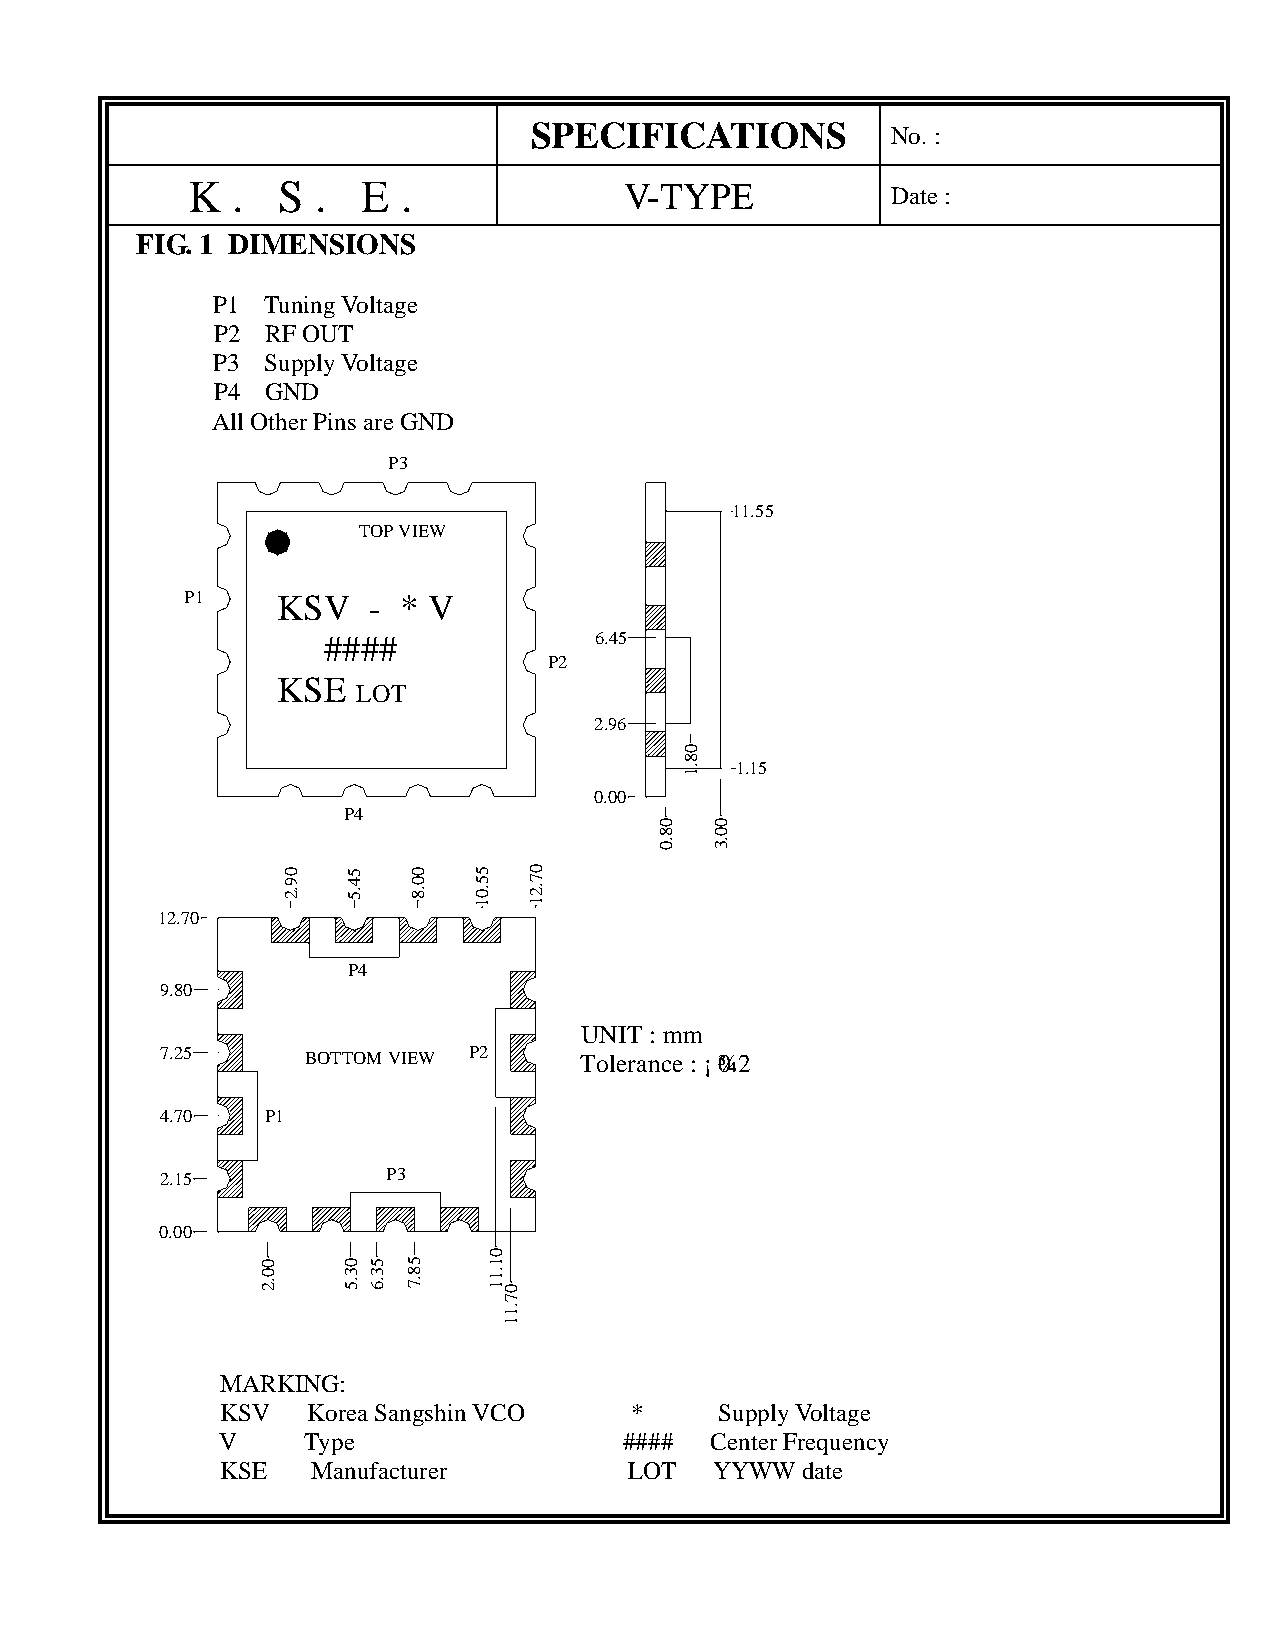
SPECIFICATIONS          No. :
 K  .  S  .  E  .             V-TYPE            Date :
 FIG. 1 DIMENSIONS
 P1  Tuning Voltage
 P2  RF OUT
 P3  Supply Voltage
 P4  GND
 All Other Pins are GND
 P3
 11.55
 TOP VIEW
 P1    KSV   - * V
 ####              6.45
 P2
 KSE
 LOT
 2.96
 1.15
 0.00
 P4
 12.70
 P4
 9.80
 UNIT : mm
 7.25     BOTTOM VIEW P2    Tolerance : ¡¾0.2
 4.70   P1
 2.15           P3
 0.00
 MARKING:
 KSV  Korea Sangshin VCO    *     Supply Voltage
 V    Type                 ####  Center Frequency
 KSE   Manufacturer         LOT  YYWW  date
 00.2
 09.2 54.5
 03.5 53.6
 00.8
 58.7
 55.01
 01.11
 07.11
 07.21
 08.0
 08.1
 00.3